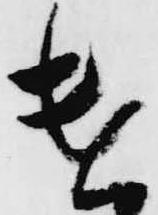
遣